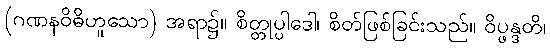
(ဂဏနဝိဓိဟူသော) အရာ၌။ စိတ္တုပ္ပါဒေါ၊ စိတ်ဖြစ်ခြင်းသည်။ ဝိပ္ဖန္ဒတိ၊